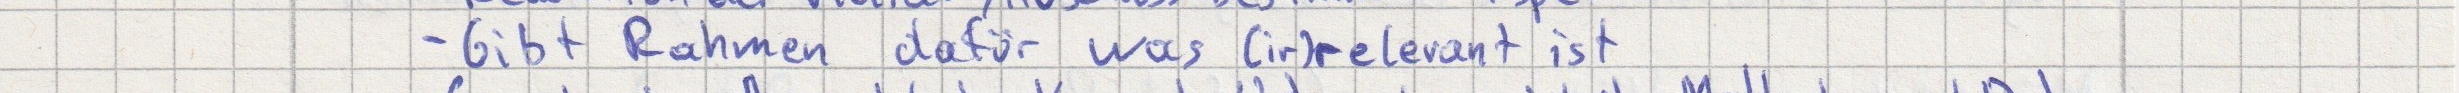
- Gibt Rahmen dafür war (ir)relevant ist